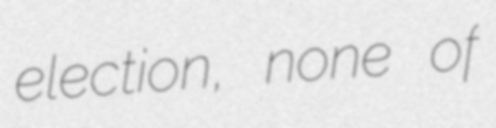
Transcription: election, none of